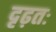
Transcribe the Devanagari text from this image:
दृढ़तः